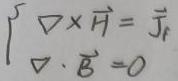
\[
\begin{cases}
\nabla\times\vec{H} = \vec{J}_f \\
\nabla\cdot\vec{B} = 0
\end{cases}
\]